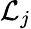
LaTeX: {\mathcal{L}}_{j}